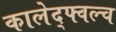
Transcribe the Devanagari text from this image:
कालेद्फ्वल्च